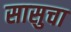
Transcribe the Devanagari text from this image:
सासुचा